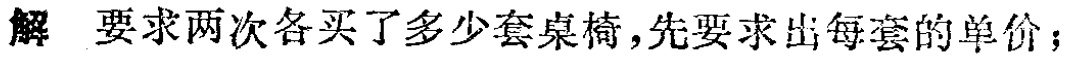
解 要求两次各买了多少套桌椅,先要求出每套的单价；